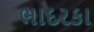
ભાદરકા